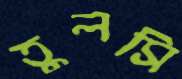
তুলসি